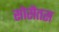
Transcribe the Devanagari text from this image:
सोसैतस